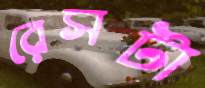
রেসটা